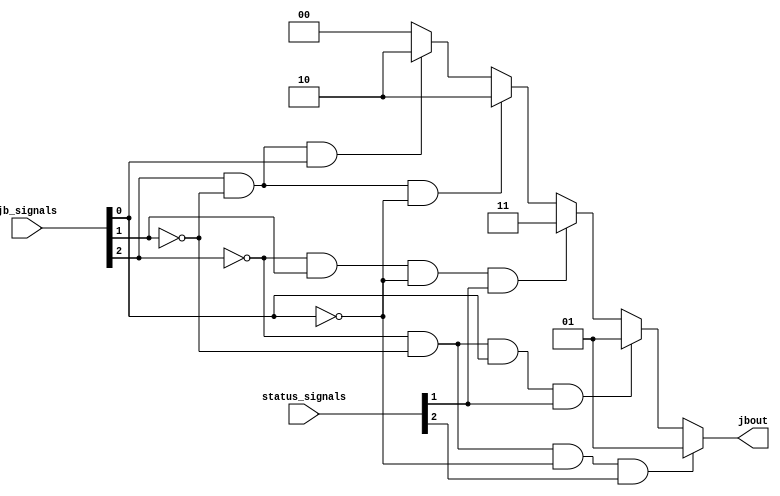
module jbcontrol(jbout, jb_signals,status_signals);
input [2:0] jb_signals, status_signals;
output [1:0] jbout;
reg [1:0] jbout;

always @(jb_signals or status_signals)
begin
    if((~jb_signals[2] & ~jb_signals[1] & ~jb_signals[0]) & status_signals[2])
    begin
        jbout = 2'b01;
    end
    else if((~jb_signals[2] & ~jb_signals[1] & jb_signals[0]) & status_signals[1])
    begin
        jbout = 2'b01;
    end
    else if((~jb_signals[2] & jb_signals[1] & ~jb_signals[0]) & status_signals[1])
    begin
        jbout = 2'b11;
    end
    else if((jb_signals[2] & ~jb_signals[1] & ~jb_signals[0]))
    begin
        jbout = 2'b10;
    end
    else if((jb_signals[2] & ~jb_signals[1] & jb_signals[0]))
    begin
        jbout = 2'b10;
    end
    else
    begin
        jbout = 2'b00;
    end
end
endmodule